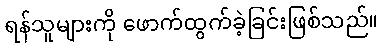
ရန်သူများကို ဖောက်ထွက်ခဲ့ခြင်းဖြစ်သည်။